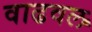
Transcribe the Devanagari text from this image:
वाढवल